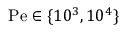
\mathrm { P e } \in \{ 1 0 ^ { 3 } , 1 0 ^ { 4 } \}